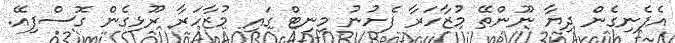
އެފެނިގެން ދިޔާ ނޫންތޭ މުޒާހަރާ ފެށުނު މިނިޓް ގައި މުޒާހަރާ ރޫޅިގެން ގޮސްފިއޭ.